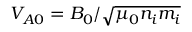
V _ { A 0 } = B _ { 0 } / \sqrt { \mu _ { 0 } n _ { i } m _ { i } }